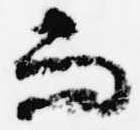
而